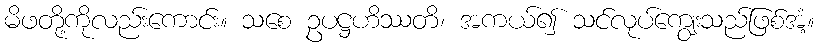
မိဖတို့ကိုလည်းကောင်း။ သစေ ဥပဋ္ဌဟိဿတိ၊ အကယ်၍ သင်လုပ်ကျွေးသည်ဖြစ်အံ့။